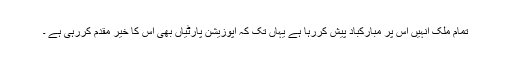
تمام ملک انہیں اس پر مبارکباد پیش کررہا ہے یہاں تک کہ اپوزیشن پارٹیاں بھی اس کا خیر مقدم کررہی ہے ۔